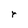
Character: r